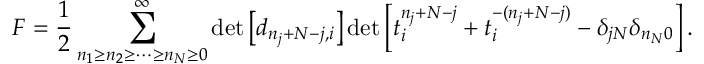
{ \cal F } = \frac { 1 } { 2 } \sum _ { n _ { 1 } \geq n _ { 2 } \geq \cdots \geq n _ { N } \geq 0 } ^ { \infty } \operatorname * { d e t } \left[ d _ { n _ { j } + N - j , i } \right] \operatorname * { d e t } \left[ t _ { i } ^ { n _ { j } + N - j } + t _ { i } ^ { - ( n _ { j } + N - j ) } - \delta _ { j N } \delta _ { n _ { N } 0 } \right] .